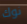
نوك